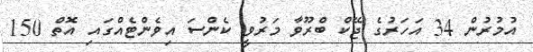
އުމުރުން 34 އަހަރުގެ ޖޭކް ބްރޫވާ މަރުވީ ކެންސަ އިވެންޓެއްގައި އޮތް 150